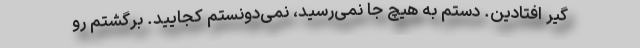
گیر افتادین. دستم به هیچ جا نمی‌رسید، نمی‌دونستم کجایید. برگشتم رو